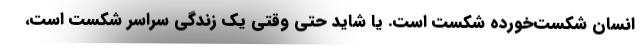
انسانِ شکست‌خورده شکست است. یا شاید حتی وقتی یک زندگی سراسر شکست است،